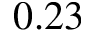
0 . 2 3